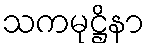
သကမုဋ္ဌိနာ